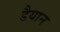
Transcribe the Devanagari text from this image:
डैयान